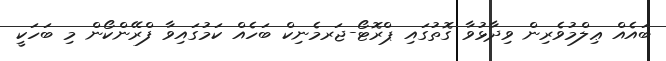
ބައެއް ޢިލްމުވެރިން ވިދާޅުވާ ގޮތުގައި ޕްރޮޓޯ-ޖަރމެނިކް ބަހެއް ކަމުގައިވާ ފްރޭންކޯން މި ބަހަކީ